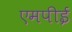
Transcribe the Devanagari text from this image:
एमपीई